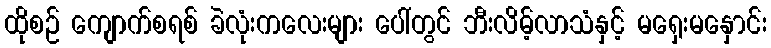
ထိုစဉ် ကျောက်စရစ် ခဲလုံးကလေးများ ပေါ်တွင် ဘီးလိမ့်လာသံနှင့် မရှေးမနှောင်း